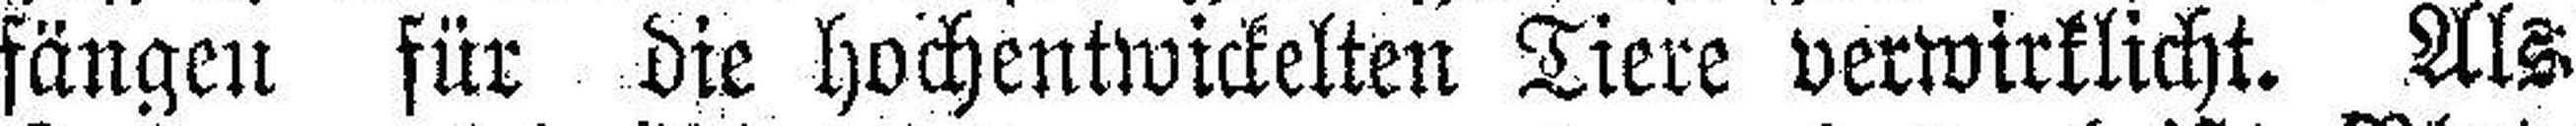
fängen für die hochentwickelten Tiere verwirklicht. Als